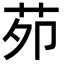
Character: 𦭘